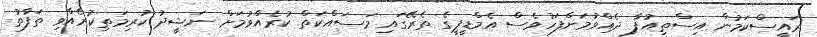
ރައީސްކަމުން އިސްތިއުފާ ދެއްވުމަށްފަހުވެސް އެމްޑީޕީގެ ތެރޭގައި މަސައްކަތް ކުރެއްވުމަށް ނަޝީދު ކުރިމަތިކުރެއްވި ތަފާތު